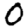
Digit: 0